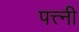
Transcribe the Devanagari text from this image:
पत्त्नी